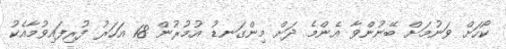
ކޯހަށް ވަނުމަށް ބޭނުންވާ އެންމެ ދަށް މިންގަނޑު އުމުރުން 18 އަހަރު ފުރިފައިވުމާއެކު